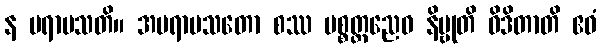
န ပရာမသတိ။ အပရာမသတော စဿ ပစ္စတ္တညေဝ နိဗ္ဗုတိ ဝိဒိတာတိ ဧဝံ